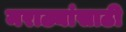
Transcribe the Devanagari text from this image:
मराठ्यांसाठी